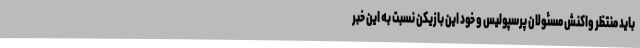
باید منتظر واکنش مسئولان پرسپولیس و خود این بازیکن نسبت به این خبر